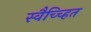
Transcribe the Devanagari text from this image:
स्वैच्च्हित